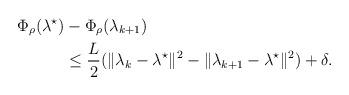
LaTeX: \begin{align*}\Phi_\rho(\lambda^\star) & - \Phi_\rho(\lambda_{k+1}) \\& \leq \frac{L}{2}(\|\lambda_k - \lambda^\star\|^2 - \|\lambda_{k+1} - \lambda^\star\|^2) + \delta. \\\end{align*}